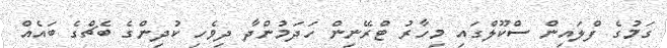
ގަމުގެ ފްލައިން ސްކޫލްގައި މިހާރު ޓްރޭނިން ހަދަމުންދާ ދިވެހި ކުދިންގެ ބެޗްގެ ބައެއް